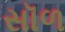
સૉળ